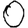
Digit: 0